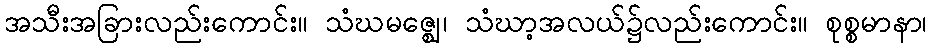
အသီးအခြားလည်းကောင်း။ သံဃမဇ္ဈေ၊ သံဃာ့အလယ်၌လည်းကောင်း။ စုစ္စမာနာ၊